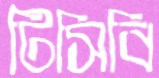
টিসিবি